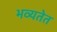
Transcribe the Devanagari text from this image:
भव्यतेत